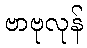
ဗာဗုလုန်